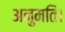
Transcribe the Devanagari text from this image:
अनुमति।